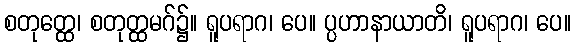
စတုတ္ထေ၊ စတုတ္ထမဂ်၌။ ရူပရာဂ၊ ပေ။ ပ္ပဟာနာယာတိ၊ ရူပရာဂ၊ ပေ။